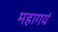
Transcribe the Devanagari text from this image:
महागयं